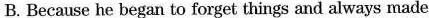
B. Because he began to forget things and always made